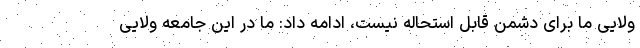
ولایی ما برای دشمن قابل استحاله نیست، ادامه داد: ما در این جامعه ولایی